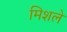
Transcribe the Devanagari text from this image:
मिशले